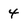
Character: 4